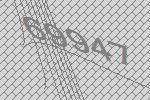
69947